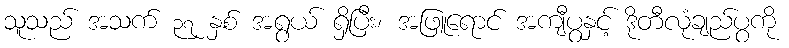
သူသည် အသက် ၃၇ နှစ် အရွယ် ရှိပြီး၊ အဖြူရောင် အကျီပွနှင့် ဒိုတီလုံချည်ပွကို